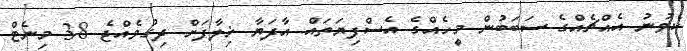
ކެވުނު އެއްޗެއްގެ ސަބަބުން މީހެއްގެ އެސްފިޔަތައް އާދަޔާ ޚިލާފަށް ދިގުވެއްޖެ 38 މިނެޓް